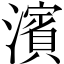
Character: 濱